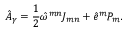
\hat { A } _ { \gamma } = \frac { 1 } { 2 } \hat { \omega } ^ { m n } J _ { m n } + \hat { e } ^ { m } P _ { m } .